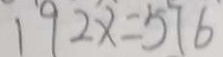
1 9 2 x = 5 7 6